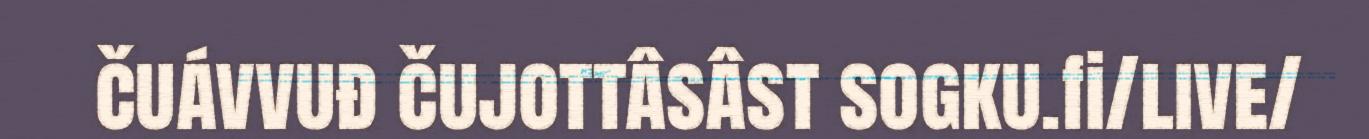
čuávvuđ čujottâsâst sogku.fi/live/